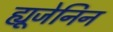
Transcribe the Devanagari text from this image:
ह्यूजेनिन